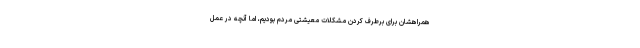
همراهشان برای برطرف کردن مشکلات معیشتی مردم بودیم، اما آنچه در عمل